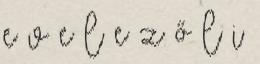
e v e l e z ő l i